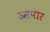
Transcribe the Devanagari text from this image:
उसपार